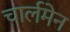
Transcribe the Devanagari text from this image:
चार्लमेन